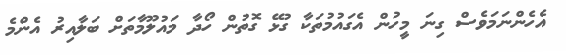
އެހެންނަމަވެސް ގިނަ މީހުން އެގައުމުތަކާ ގުޅޭ ގޮތުން ހޯދާ މައުލޫމާތަށް ބަލާއިރު އެންމެ